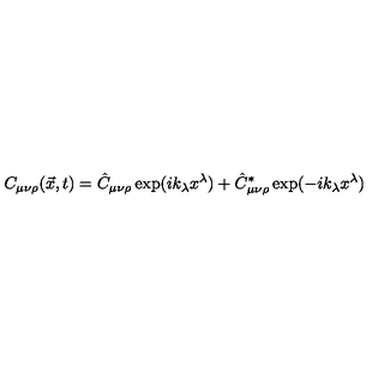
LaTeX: C _ { \mu \nu \rho } ( \vec { x } , t ) = \hat { C } _ { \mu \nu \rho } \exp ( i k _ { \lambda } x ^ { \lambda } ) + \hat { C } _ { \mu \nu \rho } ^ { * } \exp ( - i k _ { \lambda } x ^ { \lambda } )